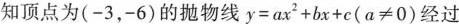
知顶点为(-3，-6)的抛物线y=ax^{2}+bx+c(α≠0)经过